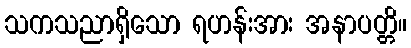
သကသညာရှိသော ရဟန်းအား အနာပတ္တိ။